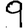
Digit: 9